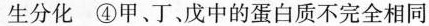
生分化④甲、丁、戊中的蛋白质不完全相同